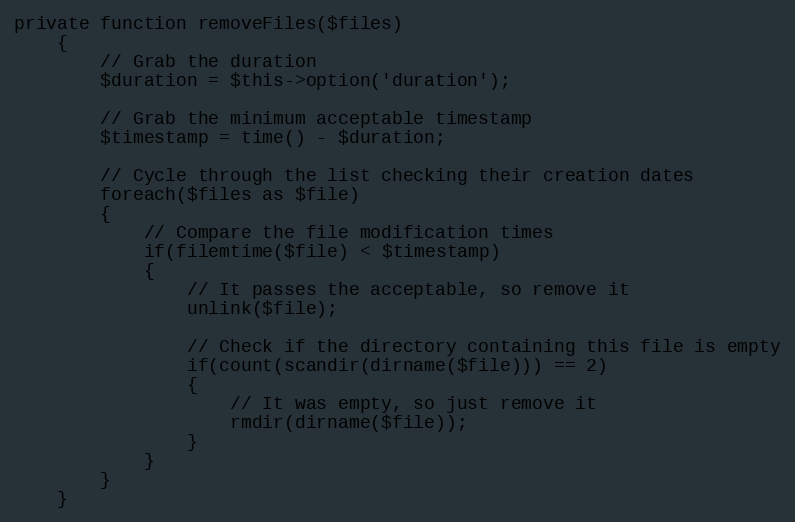
Language: PHP
private function removeFiles($files)
    {
        // Grab the duration
        $duration = $this->option('duration');

        // Grab the minimum acceptable timestamp
        $timestamp = time() - $duration;

        // Cycle through the list checking their creation dates
        foreach($files as $file)
        {
            // Compare the file modification times
            if(filemtime($file) < $timestamp)
            {
                // It passes the acceptable, so remove it
                unlink($file);

                // Check if the directory containing this file is empty
                if(count(scandir(dirname($file))) == 2)
                {
                    // It was empty, so just remove it
                    rmdir(dirname($file));
                }
            }
        }
    }